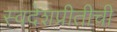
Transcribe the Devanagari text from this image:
स्वदेशप्रीतीची